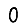
Digit: 0